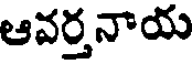
ఆవర్తనాయ